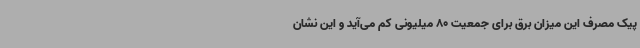
پیک مصرف این میزان برق برای جمعیت 80 میلیونی کم می‌آید و این نشان